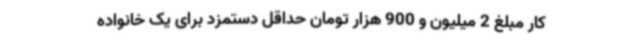
کار مبلغ 2 میلیون و 900 هزار تومان حداقل دستمزد برای یک خانواده ‌